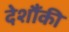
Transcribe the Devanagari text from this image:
देशौंकी